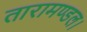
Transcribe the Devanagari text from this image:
तारामण्डल।